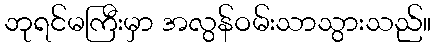
ဘုရင်မကြီးမှာ အလွန်ဝမ်းသာသွားသည်။